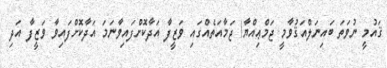
ޤައުމީ ނުވަތަ ބައިނަލްއަޤުވާމީ ޖަމްޢިއްޔާ/ ޖަމާއަތެއްގައި ވަޒީފާ އަދާކޮށްފައިވާނަމަ އަދާކޮށްފައިވާ ވަޒީފާ އަދި